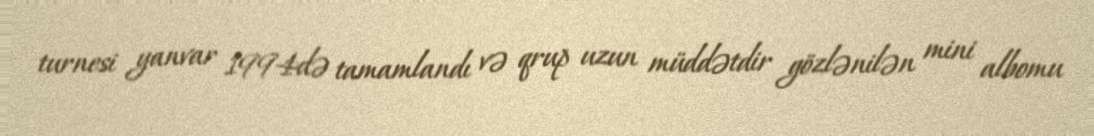
turnesi yanvar 1994də tamamlandı və qrup uzun müddətdir gözlənilən mini albomu